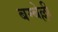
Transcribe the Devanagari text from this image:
बम्बेल्ली